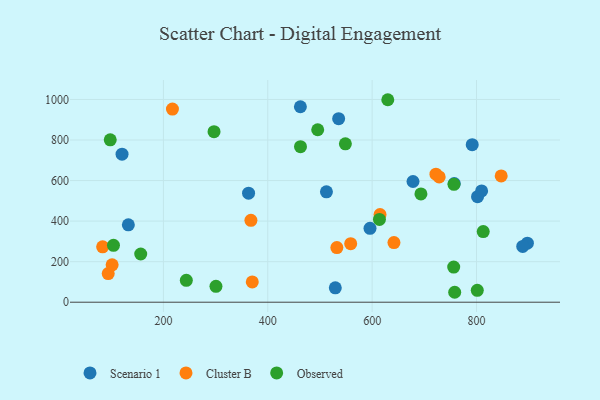
{"axis": {"x": "Speed", "y": "Fuel Efficiency"}, "legend": ["Cluster B", "Observed", "Scenario 1"], "data": [{"x": "757.4", "y": 585.5, "type": "Scenario 1"}, {"x": "512.4", "y": 544.3, "type": "Scenario 1"}, {"x": "678.3", "y": 595.3, "type": "Scenario 1"}, {"x": "535.8", "y": 905.4, "type": "Scenario 1"}, {"x": "897.5", "y": 291.4, "type": "Scenario 1"}, {"x": "132.8", "y": 381.7, "type": "Scenario 1"}, {"x": "802.0", "y": 520.4, "type": "Scenario 1"}, {"x": "120.7", "y": 729.9, "type": "Scenario 1"}, {"x": "529.4", "y": 70.9, "type": "Scenario 1"}, {"x": "809.8", "y": 548.8, "type": "Scenario 1"}, {"x": "791.8", "y": 777.0, "type": "Scenario 1"}, {"x": "595.9", "y": 364.4, "type": "Scenario 1"}, {"x": "888.6", "y": 274.9, "type": "Scenario 1"}, {"x": "363.2", "y": 537.8, "type": "Scenario 1"}, {"x": "462.5", "y": 964.0, "type": "Scenario 1"}, {"x": "370.3", "y": 100.1, "type": "Cluster B"}, {"x": "83.5", "y": 273.1, "type": "Cluster B"}, {"x": "722.3", "y": 631.7, "type": "Cluster B"}, {"x": "728.5", "y": 618.1, "type": "Cluster B"}, {"x": "847.3", "y": 623.1, "type": "Cluster B"}, {"x": "94.2", "y": 141.0, "type": "Cluster B"}, {"x": "615.1", "y": 432.3, "type": "Cluster B"}, {"x": "558.9", "y": 288.7, "type": "Cluster B"}, {"x": "217.3", "y": 952.4, "type": "Cluster B"}, {"x": "367.7", "y": 403.8, "type": "Cluster B"}, {"x": "641.8", "y": 294.3, "type": "Cluster B"}, {"x": "532.4", "y": 269.3, "type": "Cluster B"}, {"x": "101.7", "y": 184.3, "type": "Cluster B"}, {"x": "756.3", "y": 173.2, "type": "Observed"}, {"x": "462.7", "y": 767.0, "type": "Observed"}, {"x": "156.5", "y": 237.7, "type": "Observed"}, {"x": "756.8", "y": 581.6, "type": "Observed"}, {"x": "98.1", "y": 800.9, "type": "Observed"}, {"x": "300.7", "y": 78.5, "type": "Observed"}, {"x": "801.5", "y": 58.8, "type": "Observed"}, {"x": "297.0", "y": 841.2, "type": "Observed"}, {"x": "548.7", "y": 781.1, "type": "Observed"}, {"x": "758.2", "y": 49.0, "type": "Observed"}, {"x": "243.9", "y": 107.8, "type": "Observed"}, {"x": "495.7", "y": 850.7, "type": "Observed"}, {"x": "812.9", "y": 348.4, "type": "Observed"}, {"x": "630.0", "y": 998.7, "type": "Observed"}, {"x": "693.5", "y": 534.0, "type": "Observed"}, {"x": "104.3", "y": 280.8, "type": "Observed"}, {"x": "614.0", "y": 408.3, "type": "Observed"}]}